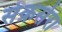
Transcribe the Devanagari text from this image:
संक्रसेरा